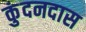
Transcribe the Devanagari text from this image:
कुंदनदास